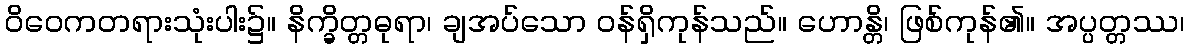
ဝိဝေကတရားသုံးပါး၌။ နိက္ခိတ္တဓုရာ၊ ချအပ်သော ဝန်ရှိကုန်သည်။ ဟောန္တိ၊ ဖြစ်ကုန်၏။ အပ္ပတ္တဿ၊